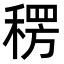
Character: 𮃕